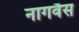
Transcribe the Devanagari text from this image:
नागवैस